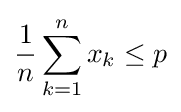
{\frac {1}{n}}\sum _{k=1}^{n}x_{k}\leq p